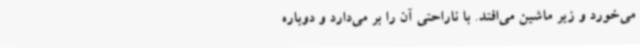
می‌خورد و زیر ماشین می‌افتد. با ناراحتی آن را بر می‌دارد و دوباره